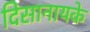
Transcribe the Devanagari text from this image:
दिसानायके